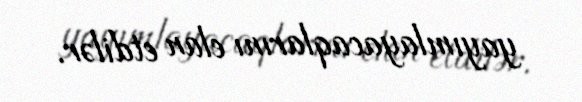
yayımlayacaqlarını elan etdilər.